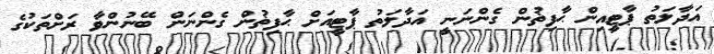
އަދާލަތު ޕާޓީއިން ޙާފިޡުން ގެންނަނީ އަދާލަތު ޕާޓީއަށް ޙާފިޡުން ގެންނަން ބޭނުންވާ ރަށްތަކުގެ